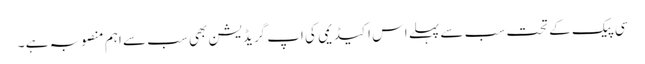
سی پیک کے تحت سب سے پہلے اس اکیڈیمی کی اپ گریڈیشن بھی سب سے اہم منصوبہ ہے ۔